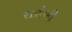
સરોબી